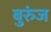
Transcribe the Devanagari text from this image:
बुरुंज